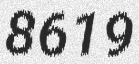
8619